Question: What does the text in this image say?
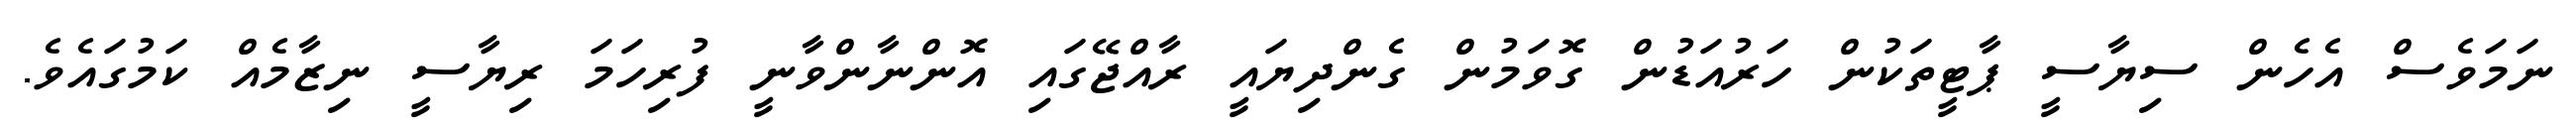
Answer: ނަމަވެސް އެހެން ސިޔާސީ ޕާޓީތަކުން ހަރުއަޑުން ގޮވަމުން ގެންދިޔައީ ރާއްޖޭގައި އޮންނާންވާނީ ފުރިހަމަ ރިޔާސީ ނިޒާމެއް ކަމުގައެވެ.